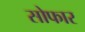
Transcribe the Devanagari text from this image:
सोफार